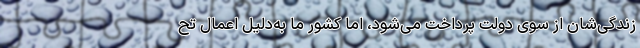
زندگی‌شان از سوی دولت پرداخت می‌شود، اما کشور ما به‌دلیل اعمال تح